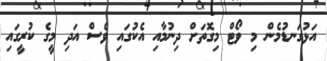
އަޅުގަނޑުމެން މި ވޯޓް މިގޮތަށް ދިނުމާއި އެކުގައި ވެސް އަދި މީގެ ކުރީގައި